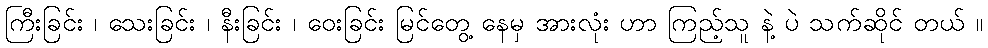
ကြီးခြင်း ၊ သေးခြင်း ၊ နီးခြင်း ၊ ဝေးခြင်း မြင်တွေ့ နေမှ အားလုံး ဟာ ကြည့်သူ နဲ့ ပဲ သက်ဆိုင် တယ် ။